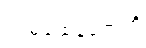
ကုမ္ဘထေနကေဟိ